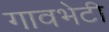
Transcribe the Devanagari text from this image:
गावभेटी